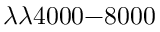
\lambda \lambda 4 0 0 0 { - } 8 0 0 0